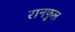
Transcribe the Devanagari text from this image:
रानफुल